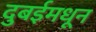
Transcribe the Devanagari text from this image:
दुबईमधून